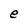
Character: e